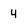
Character: 4